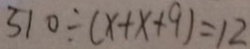
5 1 0 \div ( x + x + 9 ) = 1 2